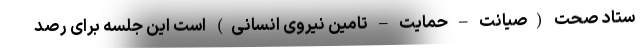
ستاد صحت (صیانت – حمایت – تامین نیروی انسانی) است این جلسه برای رصد